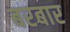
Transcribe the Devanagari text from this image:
बरबार